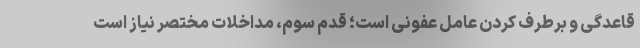
قاعدگی و برطرف کردن عامل عفونی است؛ قدم سوم، مداخلات مختصر نیاز است